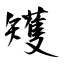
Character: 矱